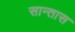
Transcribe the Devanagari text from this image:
सान्तास